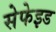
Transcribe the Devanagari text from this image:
सेफेइड